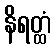
နိရတ္ထံ